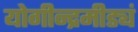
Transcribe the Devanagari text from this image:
योगीन्द्रमीड्यं